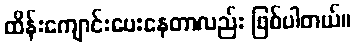
ထိန်းကျောင်းပေးနေတာလည်း ဖြစ်ပါတယ်။